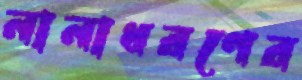
নানাধরণের